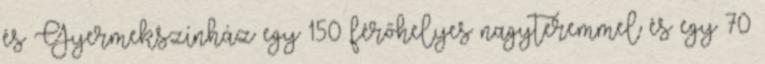
és Gyermekszínház egy 150 férőhelyes nagyteremmel és egy 70